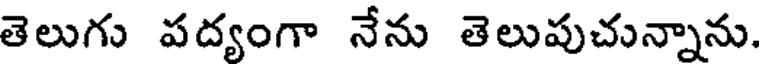
తెలుగు పద్యంగా నేను తెలుపుచున్నాను.